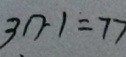
3 n - 1 = 7 7